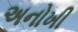
અનોખી